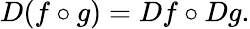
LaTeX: D(f\circ g)=Df\circ Dg.